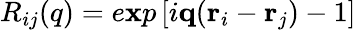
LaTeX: R_{ij}(q)=e\mathbf{x}p\left[i\mathbf{q}(\mathbf{r}_{i}-\mathbf{r}_{j})-1\right]